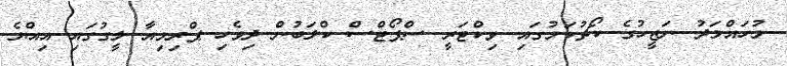
މުހައްމަދު ނަޒީހުގެ ކޯޗުކަމުގައި ވިކްޓަރީ ސްޕޯޓްސް ކްލަބުން ދިވެހި ޕްރިމިއާ ލީގުގައި އިއްޔެ